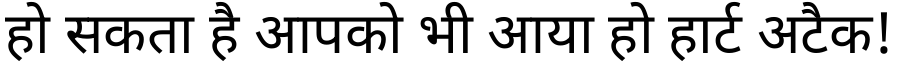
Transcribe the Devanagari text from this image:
हो सकता है आपको भी आया हो हार्ट अटैक!